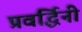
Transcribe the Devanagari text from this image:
प्रवर्द्धिनी